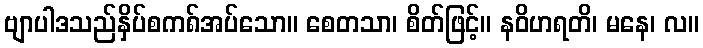
ဗျာပါဒသည်နှိပ်စက၈်အပ်သော။ စေတသာ၊ စိတ်ဖြင့်။ နဝိဟရတိ၊ မနေ၊ လ။